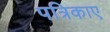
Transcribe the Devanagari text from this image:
पत्रिकाए